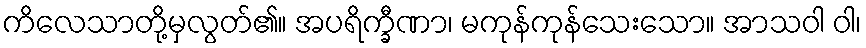
ကိလေသာတို့မှလွတ်၏။ အပရိက္ခီဏာ၊ မကုန်ကုန်သေးသော။ အာသဝါ ဝါ၊